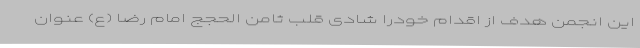
این انجمن هدف از اقدام خودرا شادی قلب ثامن الحجج امام رضا (ع) عنوان